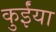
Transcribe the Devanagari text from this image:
कुईंया